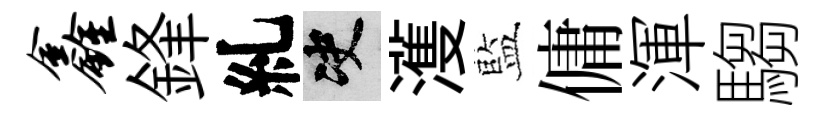
鑫鋒糺决濩藍傭渾騶